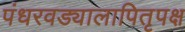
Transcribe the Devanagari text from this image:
पंधरवड्यालापितृपक्ष